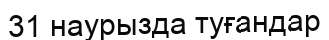
31 наурызда туғандар